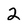
Character: 2